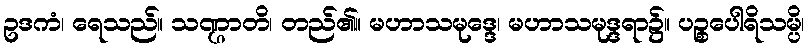
ဥဒကံ၊ ရေသည်။ သဏ္ဌာတိ၊ တည်၏။ မဟာသမုဒ္ဒေ၊ မဟာသမုဒ္ဒရာ၌။ ပဉ္စပေါရိသမ္ပိ၊